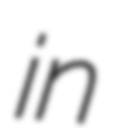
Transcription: in